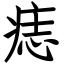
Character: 痣